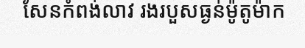
សែនកំពង់លាវ រងរបួសធ្ងន់ម៉ូតូម៉ាក